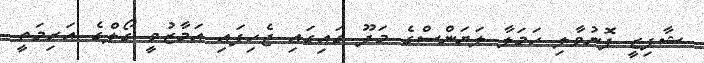
ޝާފިޒީ ފޮނުވާލި ހަމަލާ ލަޔަންސްގެ މަދޫ ގައިގައި ޖެހިފައި އަމާޒުވީ ގޯލްގެ އަރިމަތީ